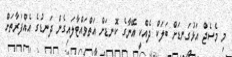
މި މެސެޖް އަޅުގަނޑަށް ބަލަކް ދެއްކީ އޭނާގެ ކޮނޑަށް އަތްވައްޓާލައިގެން ދަނޑުގެ އެއްފަރާތަށް